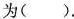
为（）.